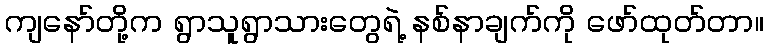
ကျနော်တို့က ရွာသူရွာသားတွေရဲ့ နစ်နာချက်ကို ဖော်ထုတ်တာ။